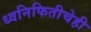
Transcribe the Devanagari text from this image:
ध्वनिफितीचेही